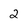
Character: 2